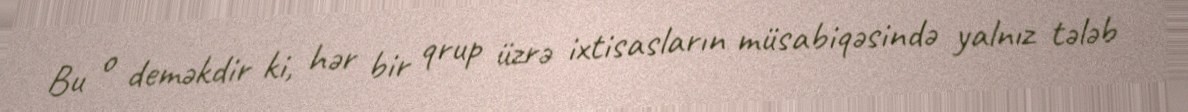
Bu o deməkdir ki, hər bir qrup üzrə ixtisasların müsabiqəsində yalnız tələb